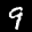
Label: 9